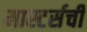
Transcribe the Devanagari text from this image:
मास्टर्सची